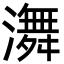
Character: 㵲